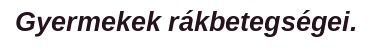
Gyermekek rákbetegségei.